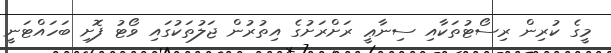
މީގެ ކުރިން ރިސޯޓުތަކާއި ސިނާޢީ ރަށްރަށުގެ އިތުރުން ޖަލުތަކުގައި ވޯޓު ފޮށި ބަހައްޓަނީ